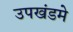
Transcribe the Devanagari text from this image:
उपखंडमे